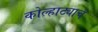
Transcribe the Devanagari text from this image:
कोल्हाट्याचं